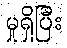
မှုရှိပြီး